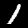
Digit: 1